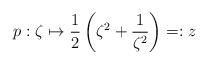
LaTeX: \begin{align*}p: \zeta \mapsto \frac{1}{2} \left( \zeta^{2} + \frac{1}{\zeta^{2}}\right) =:z\end{align*}